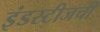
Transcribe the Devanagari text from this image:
इंडस्टीजची